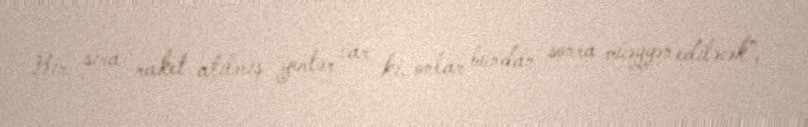
Bir sıra raket atılmış yerlər var ki, onlar bundan sonra müəyyən ediləcək”, -